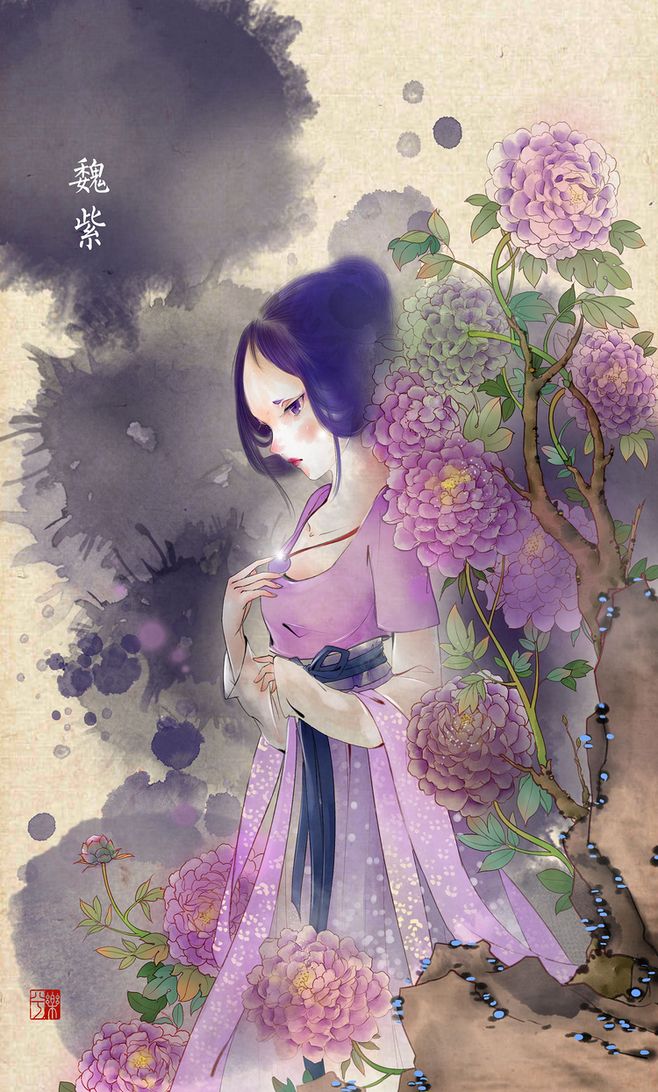
水溢芙蓉沼，花飞桃李蹊。